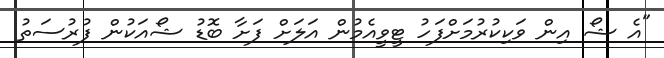
"އެ ޝޯ އިން ވަކިކުރުމަށްފަހު ޓީވީއެމުން އަލަށް ފަށާ ބޮޑު ޝޯއަކުން ފުރުސަތު